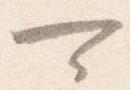
可